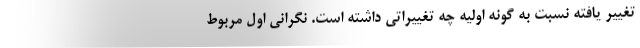
تغییر یافته نسبت به گونه اولیه چه تغییراتی داشته است. نگرانی اول مربوط